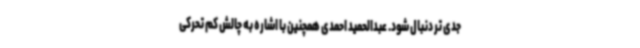
جدی تر دنبال شود. عبدالحمید احمدی همچنین با اشاره به چالش کم تحرکی